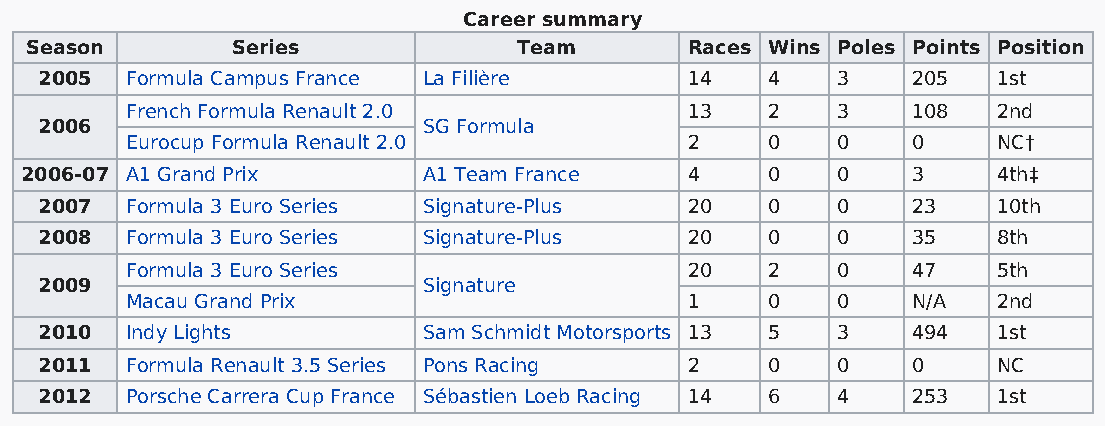
Career summary
 Season       Series             Team       Races Wins Poles Points Position
 2005 Formula Campus France La Filière     14    4   3    205   1st
 French Formula Renault 2.0           13    2   3    108   2nd
 2006                     SG Formula
 Eurocup Formula Renault 2.0          2     0   0    0     NC†
 2006-07 A1 Grand Prix      A1 Team France   4     0   0    3     4th‡
 2007 Formula 3 Euro Series Signature-Plus 20    0   0    23    10th
 2008 Formula 3 Euro Series Signature-Plus 20    0   0    35    8th
 Formula 3 Euro Series                20    2   0    47    5th
 2009                     Signature
 Macau Grand Prix                     1     0   0    N/A   2nd
 2010 Indy Lights         Sam Schmidt Motorsports 13 5 3  494   1st
 2011 Formula Renault 3.5 Series Pons Racing 2   0   0    0     NC
 2012 Porsche Carrera Cup France Sébastien Loeb Racing 14 6 4 253 1st